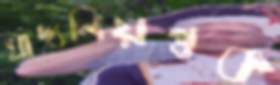
খাদ্যনিয়ন্ত্রক